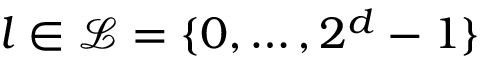
l \in \mathcal { L } = \{ 0 , \dots , 2 ^ { d } - 1 \}